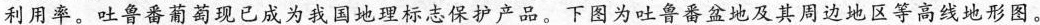
利用率。吐鲁番葡萄现已成为我国地理标志保护产品。下图为吐鲁番盆地及其周边地区等高线地形图。